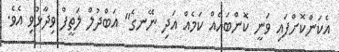
އެކަންކޮށްފައި ވަނީ ކޮންބައެއް ކަމެއް އަދި ނޭނގެ" އަބްދުލް ލަތީފް ވިދާޅުވި އެވެ.